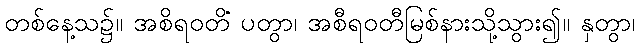
တစ်နေ့သ၌။ အစိရဝတိံ ပတွာ၊ အစီရဝတီမြစ်နားသို့သွား၍။ နှတွာ၊